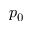
p _ { 0 }